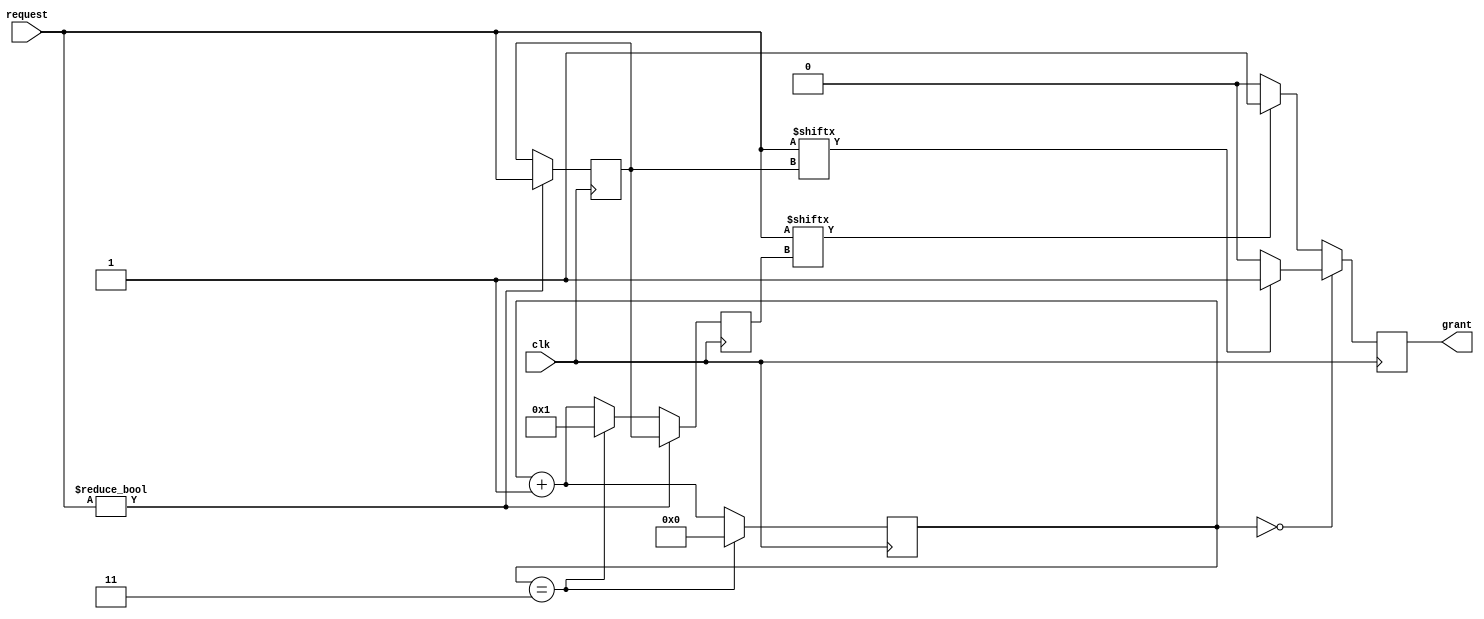
module round_robin_arbiter (
    input clk,
    input [N-1:0] request,
    output reg grant
);

parameter N = 4;
reg [N-1:0] counter;
reg [N-1:0] priority;
reg [N-1:0] next_priority;

always @(posedge clk) begin
    if (request != 0) begin
        priority <= request;
        next_priority <= priority;
    end
    else begin
        next_priority <= (counter == N-1) ? 1 : (counter + 1);
    end
end

always @(posedge clk) begin
    if (counter == 0) begin
        grant <= (request[priority] == 1) ? 1 : 0;
    end
    else begin
        grant <= (request[next_priority] == 1) ? 1 : 0;
    end
    
    counter <= (counter == N-1) ? 0 : (counter + 1);
end

endmodule